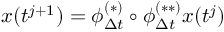
x ( t ^ { j + 1 } ) = \phi _ { \Delta t } ^ { ( * ) } \circ \phi _ { \Delta t } ^ { ( * * ) } x ( t ^ { j } )